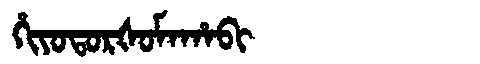
Manchu: ᡥᡳᠶᠣᡨᠣᡵᡧᠣᠮᠠᡥᠠᠪᡳ
Romanization: HIYOTORŠOMAHABI